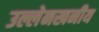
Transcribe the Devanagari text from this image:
उल्लेनखनीय